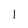
Character: 1